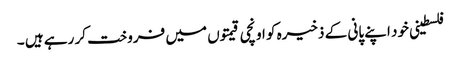
فلسطینی خود اپنے پانی کے ذخیرہ کو اونچی قیمتوں میں فروخت کر رہے ہیں ۔